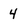
Character: 4